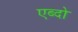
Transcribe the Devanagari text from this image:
एब्दो